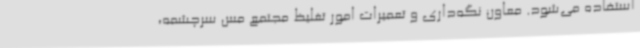
استفاده می‌شود. معاون نگه‌داری و تعمیرات امور تغلیظ مجتمع مس سرچشمه،